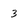
Character: 3